Annual report on the Civil Veterinary Department, Burma (including the Insein Veterinary School) - 1932-1941
Year: 1932
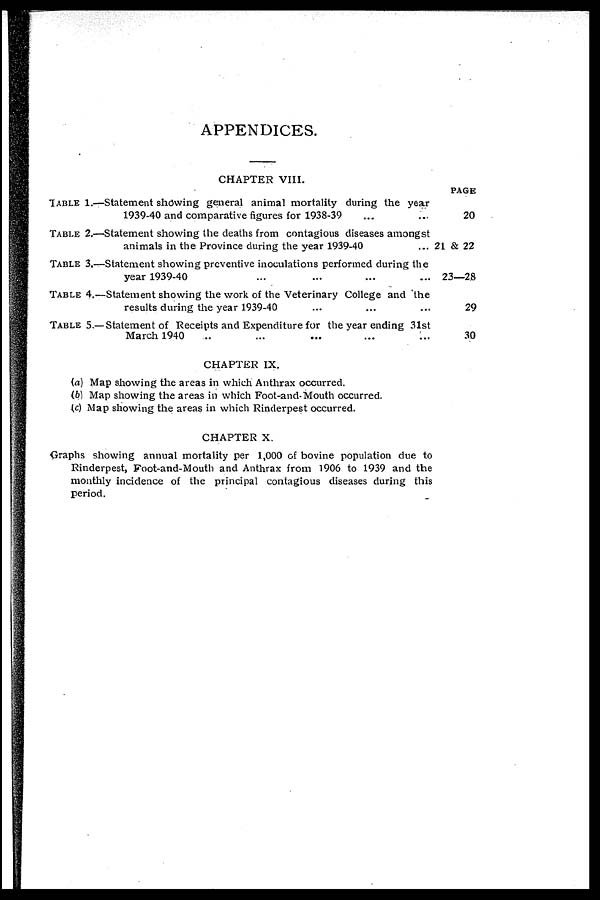
APPENDICES.
TABLE 1.—
TABLE 2.—
TABLE 3.—
TABLE 4.—
TABLE 5.—
CHAPTER VIII.
Statement showing general animal mortality during the year
1939-40 and comparative figures for 1938-39 ... ...
Statement showing the deaths from contagious diseases amongst
animals in the Province during the year 1939-40 ...
Statement showing preventive inoculations performed during the
year 1939-40 ... ... ... ...
Statement showing the work of the Veterinary College and the
results during the year 1939-40 ... ... ...
Statement of Receipts and Expenditure for the year ending 31st
March 1940 .. ... ... ... ...
PAGE
20
21 & 22
23—28
29
30
CHAPTER IX.
(a) Map showing the areas in which Anthrax occurred.
(b) Map showing the areas in which Foot-and-Mouth occurred.
(c) Map showing the areas in which Rinderpest occurred.
CHAPTER X.
Graphs showing annual mortality per 1,000 of bovine population due to
Rinderpest, Foot-and-Mouth and Anthrax from 1906 to 1939 and the
monthly incidence of the principal contagious diseases during this
period.